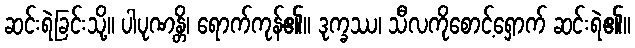
ဆင်းရဲခြင်းသို့။ ပါပုဏန္တိ၊ ရောက်ကုန်၏။ ဒုက္ခဿ၊ သီလကိုစောင့်ရှောက် ဆင်းရဲ၏။